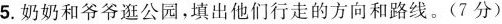
5. 奶奶和爷爷逛公园，填出他们行走的方向和路线。(7分)